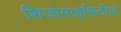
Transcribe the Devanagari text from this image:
शिजोमाइसिटीज़